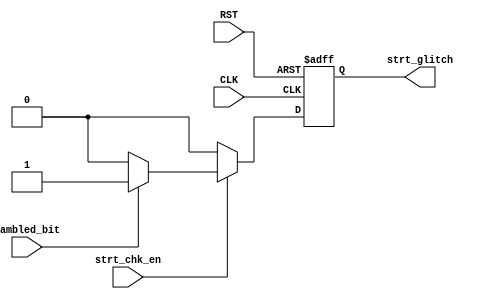
module strt_Check 
(
input wire strt_chk_en,
input wire sambled_bit,

input wire CLK,RST,

output reg strt_glitch
);

always@(posedge CLK or negedge RST)
 begin
	if(!RST)
	 begin
		strt_glitch <= 1'b0;
	 end
	else if (strt_chk_en)
	 begin
		if(sambled_bit == 1'b0)
			strt_glitch <= 1'b0;
		else
			strt_glitch <= 1'b1;
	 end
	else
		strt_glitch <= 1'b0;
		
 end
 
 endmodule